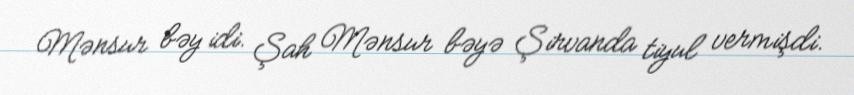
Mənsur bəy idi. Şah Mənsur bəyə Şirvanda tiyul vermişdi.